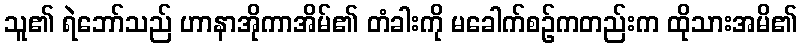
သူ၏ ရဲဘော်သည် ဟာနာအိုကာအိမ်၏ တံခါးကို မခေါက်စဉ်ကတည်းက ထိုသားအမိ၏